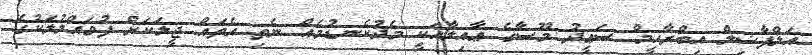
އަލްފާޟިލް އިބްރާހީމް ސަޢީދު މޫސާގެ ޢާއިލާއަކީ މެދުކެނޑުމެއް ނެތި އެތައް ޖީލަކަށް ފުވައްމުލަކުގެ